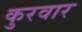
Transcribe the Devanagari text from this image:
कुरवार